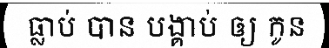
ធ្លាប់ បាន បង្គាប់ ឲ្យ កូន